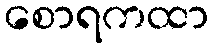
စောရကထာ